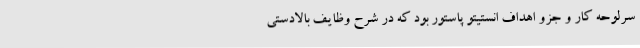
سرلوحه کار و جزو اهداف انستیتو پاستور بود که در شرح وظایف بالادستی